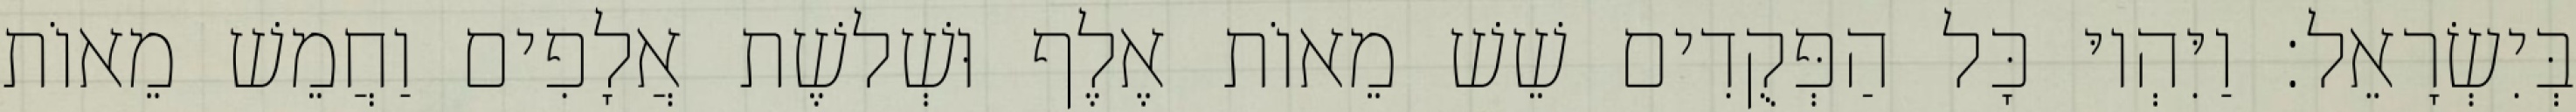
בְּיִשְׂרָאֵל׃ וַיִּהְיוּ כָּל הַפְּקֻדִים שֵׁשׁ מֵאוֹת אֶלֶף וּשְׁלשֶׁת אֲלָפִים וַחֲמֵשׁ מֵאוֹת